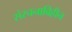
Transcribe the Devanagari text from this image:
संरचनाविहीन